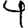
Digit: 4